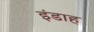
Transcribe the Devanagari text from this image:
इंडाह